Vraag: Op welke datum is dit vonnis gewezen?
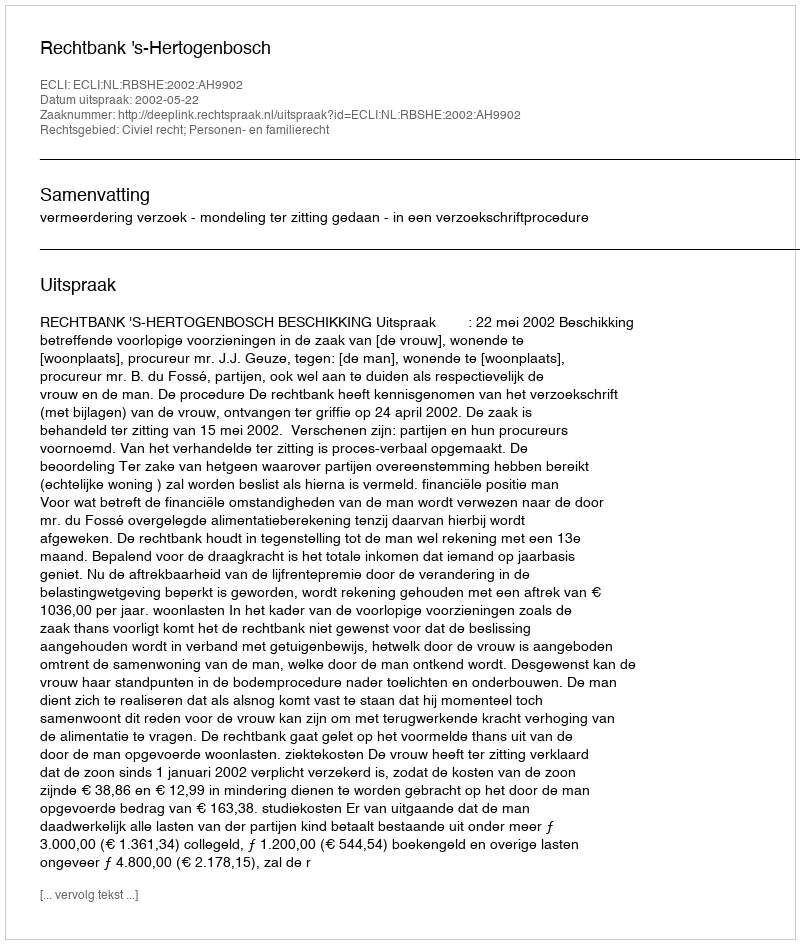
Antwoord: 2002-05-22